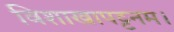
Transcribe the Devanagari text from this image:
विशाखापट्टनम।